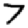
Digit: 7